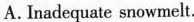
A. Inadequate snowmelt.